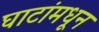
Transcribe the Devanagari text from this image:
घाटांमधून